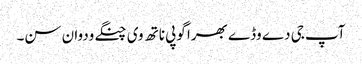
آپ جی دے وڈے بھرا گوپی ناتھ وی چنگے ودوان سن۔